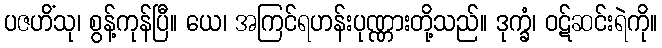
ပဇဟိံသု၊ စွန့်ကုန်ပြီ။ ယေ၊ အကြင်ရဟန်းပုဏ္ဏားတို့သည်။ ဒုက္ခံ၊ ဝဋ်ဆင်းရဲကို။